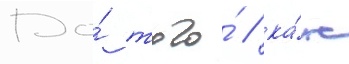
До́ того́ / ка́к